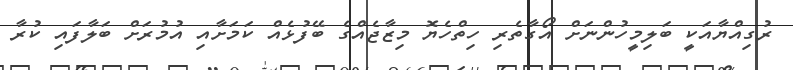
ރުގިއްޔާއަކީ ބަލިމީހުންނަށް އޯގާތެރި ހިތްހެޔޮ މިޒާޖެއްގެ ބޭފުޅެއް ކަމަށާއި އުމުރަށް ބަލާފައި ކުރާ